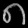
Digit: ၈